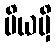
ပိယမှိ